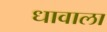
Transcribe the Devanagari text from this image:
धावाला